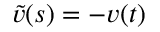
\tilde { v } ( s ) = - v ( t )